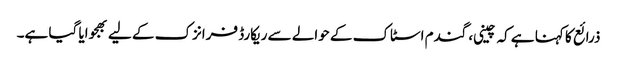
ذرائع کا کہنا ہے کہ چینی، گندم اسٹاک کے حوالے سے ریکارڈ فرانزک کے لیے بھجوایا گیا ہے۔